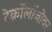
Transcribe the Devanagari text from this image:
टेक्नॉलॉजीवर